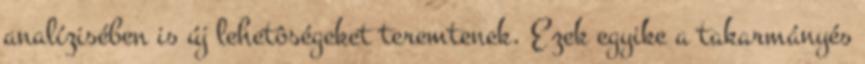
analízisében is új lehetôségeket teremtenek. Ezek egyike a takarmányés